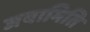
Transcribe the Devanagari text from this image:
जयामिति